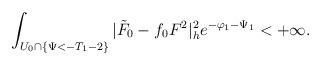
LaTeX: \begin{align*} \int_{U_0\cap\{\Psi<-T_1-2\}}|\tilde{F}_0-f_0F^2|^2_he^{-\varphi_1-\Psi_1}<+\infty. \end{align*}